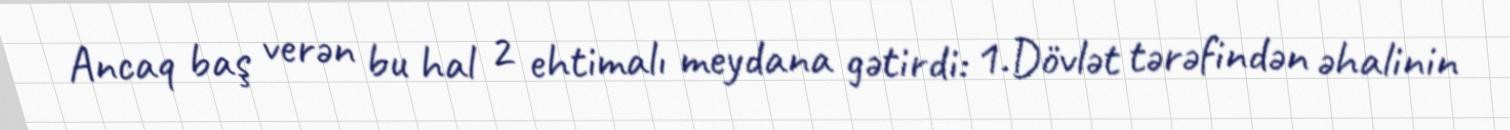
Ancaq baş verən bu hal 2 ehtimalı meydana gətirdi: 1.Dövlət tərəfindən əhalinin